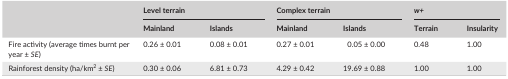
<table><thead><tr><td rowspan="2"></td><td colspan="2"><b>Level terrain</b></td><td colspan="2"><b>Complex terrain</b></td><td colspan="2"><b><i>w+</i></b></td></tr><tr><td><b>Mainland</b></td><td><b>Islands</b></td><td><b>Mainland</b></td><td><b>Islands</b></td><td><b>Terrain</b></td><td><b>Insularity</b></td></tr></thead><tbody><tr><td>Fire activity (average times burnt per year ± <i>SE</i>)</td><td>0.26 ± 0.01</td><td>0.08 ± 0.01</td><td>0.27 ± 0.01</td><td>0.05 ± 0.00</td><td>0.48</td><td>1.00</td></tr><tr><td>Rainforest density (ha/km<sup>2</sup> ± <i>SE</i>)</td><td>0.30 ± 0.06</td><td>6.81 ± 0.73</td><td>4.29 ± 0.42</td><td>19.69 ± 0.88</td><td>1.00</td><td>1.00</td></tr></tbody></table>